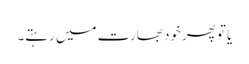
یا تو پھرخود بھارت میں رہتے۔